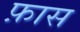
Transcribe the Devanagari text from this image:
फ़ास